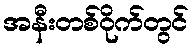
အနီးတစ်ဝိုက်တွင်